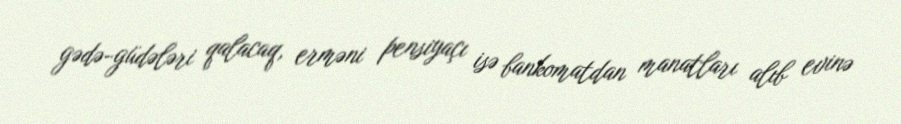
gədə-güdələri qalacaq, erməni pensiyaçı isə bankomatdan manatları alıb evinə